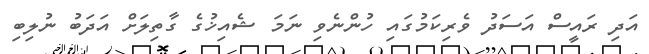
އަދި ރައީސް އަސަދު ވެރިކަމުގައި ހުންނެވި ނަމަ ޝެއިޚުގެ ގާތިލަށް އަދަބު ނުލިބި